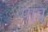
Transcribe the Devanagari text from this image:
पाव्